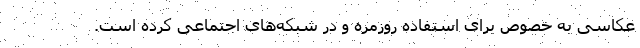
عکاسی به خصوص برای استفاده روزمره و در شبکه‌‌های اجتماعی کرده است.